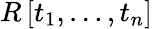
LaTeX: R\left[t_{1},\ldots,t_{n}\right]